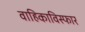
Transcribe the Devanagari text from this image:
वाहिकाविस्फार